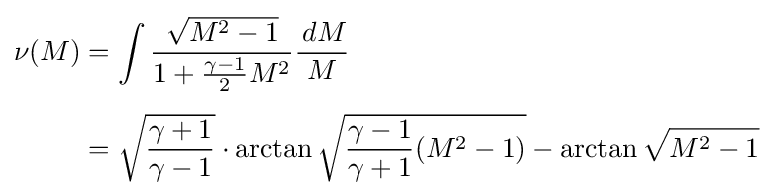
{\begin{aligned}\nu (M)&=\int {\frac {\sqrt {M^{2}-1}}{1+{\frac {\gamma -1}{2}}M^{2}}}{\frac {\,dM}{M}}\\[4pt]&={\sqrt {\frac {\gamma +1}{\gamma -1}}}\cdot \arctan {\sqrt {{\frac {\gamma -1}{\gamma +1}}(M^{2}-1)}}-\arctan {\sqrt {M^{2}-1}}\end{aligned}}